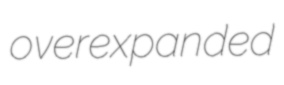
overexpanded